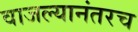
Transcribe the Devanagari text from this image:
वाजल्यानंतरच